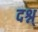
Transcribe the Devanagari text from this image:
दश्न्